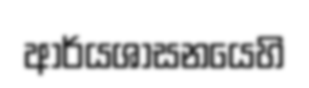
ආර්යශාසනයෙහි